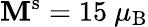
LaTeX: \mathbf{M}^{\mathrm{{s}}}=15~\mu_{\mathrm{{B}}}